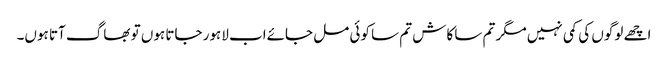
اچھے لوگوں کی کمی نہیں مگر تم سا کاش تم سا کوئی مل جائےاب لاہور جاتا ہوں تو بھاگ آتا ہوں۔